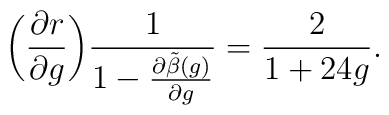
\biggl ( \frac{\partial r}{\partial g} {\biggr )}\frac{1}{1-\frac{\partial\tilde{\beta}(g)}{\partial g}}= \frac{2}{1+24g}.